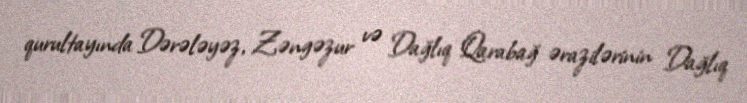
qurultayında Dərələyəz, Zəngəzur və Dağlıq Qarabağ ərazilərinin Dağlıq